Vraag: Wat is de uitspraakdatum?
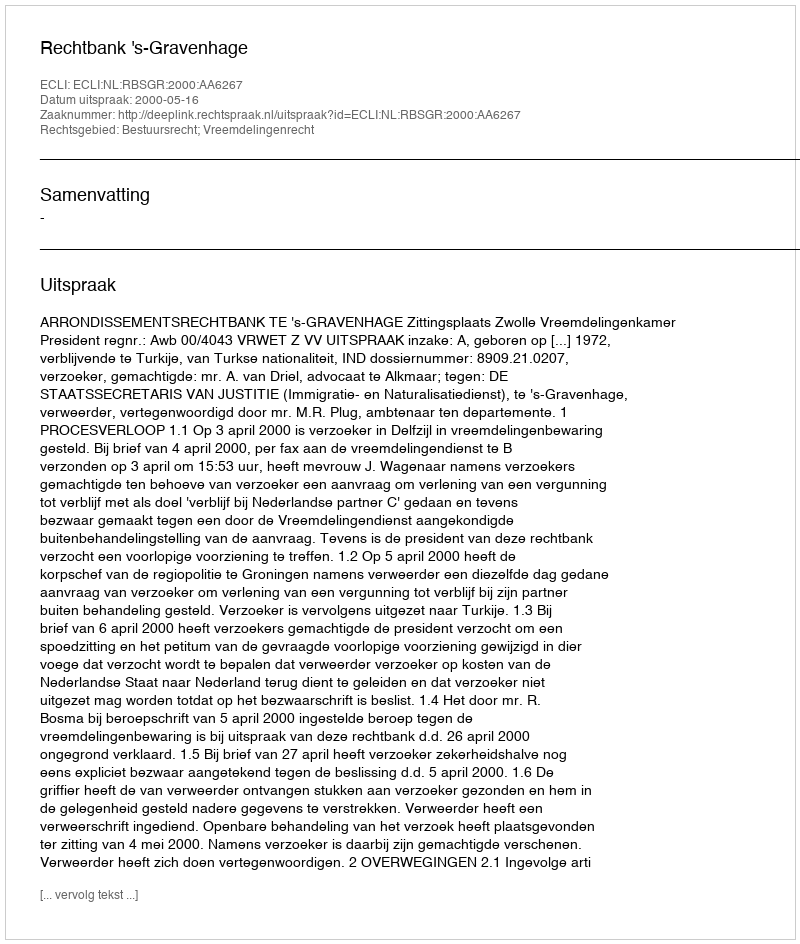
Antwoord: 2000-05-16